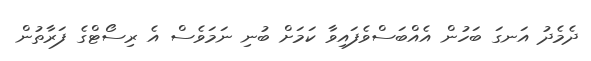
ދެމެދު އަނގަ ބަހުން އެއްބަސްވެފައިވާ ކަމަށް ބުނި ނަމަވެސް އެ ރިސޯޓްގެ ފަރާތުން